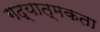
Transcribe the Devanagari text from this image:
गद्यात्मकता